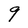
Character: 9